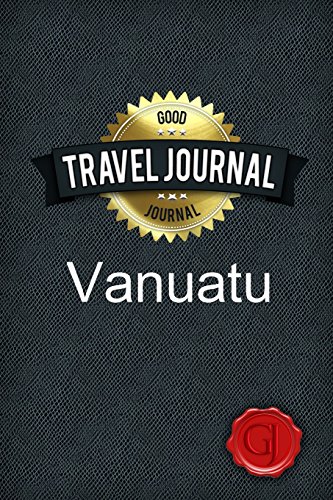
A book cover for Travel Journal Vanuatu; Good Journal; Travel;